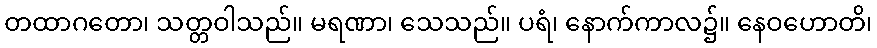
တထာဂတော၊ သတ္တဝါသည်။ မရဏာ၊ သေသည်။ ပရံ၊ နောက်ကာလ၌။ နေဝဟောတိ၊